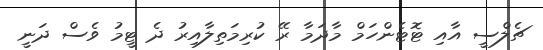
ޗެލްސީ އާއި ޓޮޓެންހަމް މާދަމާ ރޭ ކުރިމަތިލާއިރު ދެ ޓީމު ވެސް ދަނީ